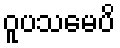
ဝူပသမေပိ